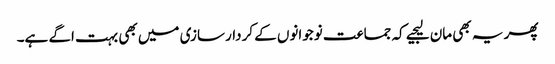
پھر یہ بھی مان لیجیے کہ جماعت نوجوانوں کے کردار سازی میں بھی بہت اگے ہے۔